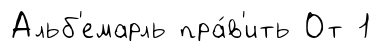
Альб'емарль пра́в'ить От 1